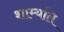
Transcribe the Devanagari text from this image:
शाम्यति